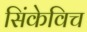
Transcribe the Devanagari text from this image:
सिंकेविच